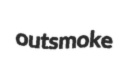
outsmoke